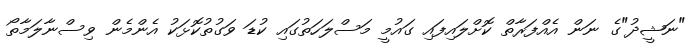
"ނަޝީދު"ގެ ނަން އެއްފަރާތް ކޮށްލައިފައި ގައުމީ މަސްލަހަތުގައި ކުޑަ ވަގުތުކޮޅަކު އެންމެން ވިސްނާލަމާތޯ